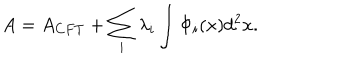
LaTeX: A = A _ { C F T } + \sum _ { i } \lambda _ { i } \int \Phi _ { i } ( x ) d ^ { 2 } x .